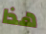
هذا